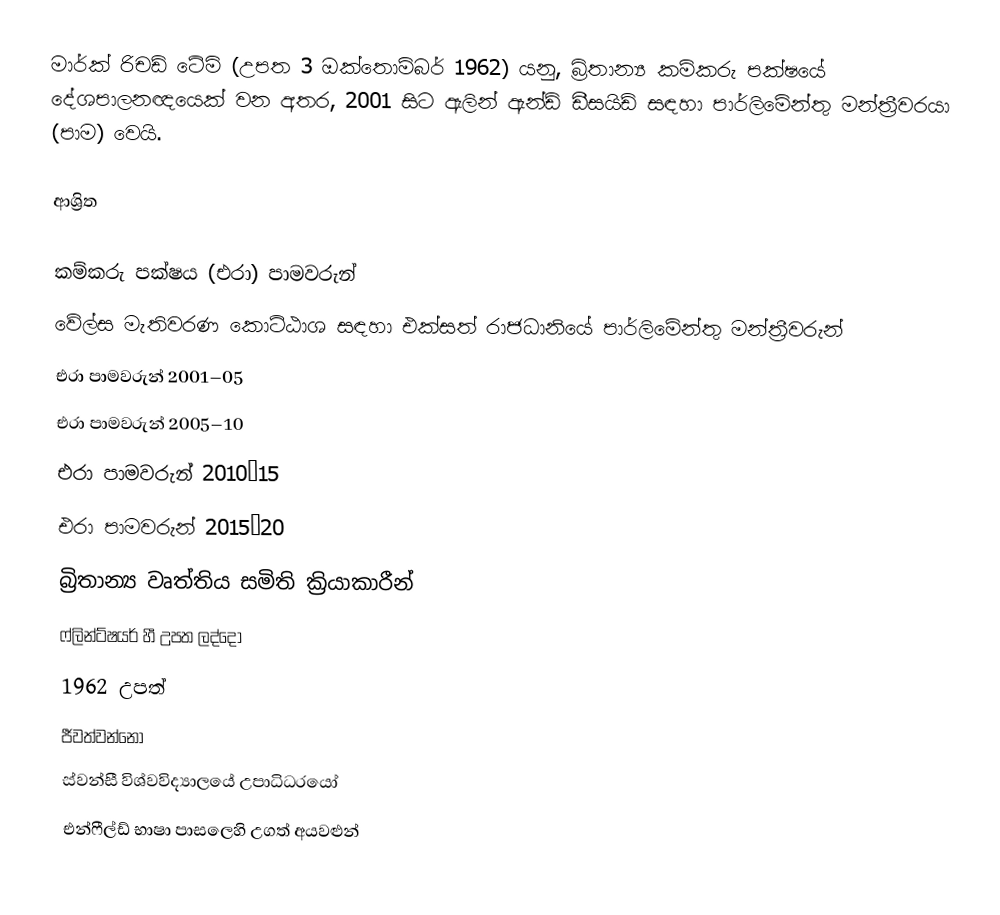
මාර්ක් රිචඩ් ටේමි (උපත 3 ඔක්තොම්බර් 1962) යනු,  බ්‍රිතාන්‍ය කම්කරු පක්ෂයේ දේශපාලනඥයෙක් වන අතර, 2001 සිට  ඇලින් ඇන්ඩ් ඩීසයිඩ් සඳහා  පාර්ලිමේන්තු මන්ත්‍රීවරයා (පාම) වෙයි.

ආශ්‍රිත

කම්කරු පක්ෂය (එරා) පාමවරුන්
වේල්ස මැතිවරණ කොට්ඨාශ සඳහා එක්සත් රාජධානියේ පාර්ලිමේන්තු මන්ත්‍රීවරුන්
එරා පාමවරුන් 2001–05
 එරා පාමවරුන් 2005–10
 එරා පාමවරුන් 2010–15
 එරා පාමවරුන් 2015–20
බ්‍රිතාන්‍ය වෘත්තිය සමිති ක්‍රියාකාරීන්
 ෆ්ලින්ට්ෂයර් හී උපත ලද්දෝ
1962 උපත්
ජීවත්වන්නෝ
 ස්වන්සී විශ්වවිද්‍යාලයේ උපාධිධරයෝ
 එන්ෆීල්ඩ් භාෂා පාසලෙහි උගත් අයවළුන්